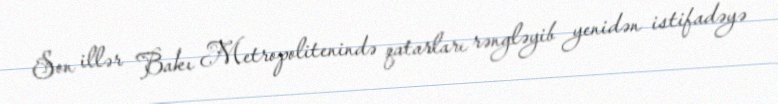
Son illər Bakı Metropolitenində qatarları rəngləyib yenidən istifadəyə